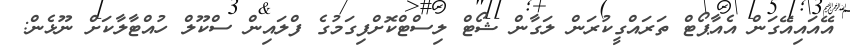
އޭއައިއޭގަން އެއާޕޯޓް ތަރައްގީކުރަން ލަގާން ޝޯޓް ލިސްޓްކޮށްފިގަމުގެ ފްލައިން ސްކޫލް ހުއްޓާލާކަށް ނޫޅެން: